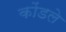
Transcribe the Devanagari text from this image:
कोंडले